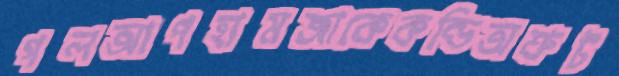
গলআপহামজাকেকন্ডিঅশ্রুট